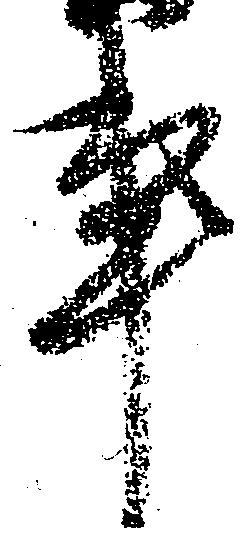
事